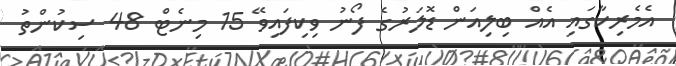
އެމެރިކާގައި އެއް ބިލިއަން ޑޮލަރުގެ ފޯނު ވިކިފައިވޭ 15 މިނެޓް 48 ސިކުންތު